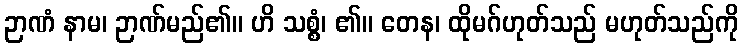
ဉာဏံ နာမ၊ ဉာဏ်မည်၏။ ဟိ သစ္စံ၊ ၏။ တေန၊ ထိုမဂ်ဟုတ်သည် မဟုတ်သည်ကို